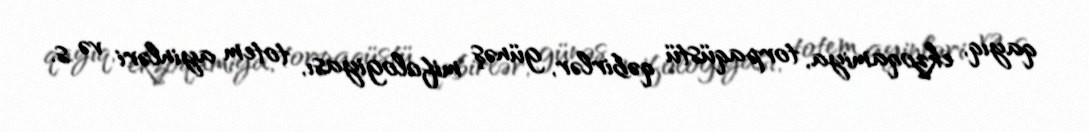
qayıq, ekzoqamiya, torpaqüstü qəbirlər, günəş mifologiyası, totem ayinləri və s.